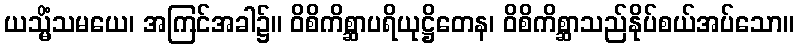
ယသ္မိံသမယေ၊ အကြင်အခါ၌။ ဝိစိကိစ္ဆာပရိယုဋ္ဌိတေန၊ ဝိစိကိစ္ဆာသည်နိုပ်စယ်အပ်သော။